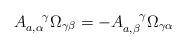
LaTeX: \begin{align*}A_{a,\alpha}^{~~~\gamma} \Omega_{\gamma\beta} = - A_{a,\beta}^{~~~\gamma} \Omega_{\gamma\alpha}\end{align*}